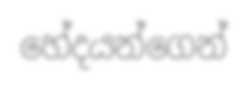
හේදයන්ගෙන්